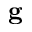
\mathbf { g }